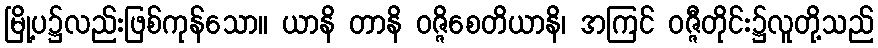
မြို့ပ၌လည်းဖြစ်ကုန်သော။ ယာနိ တာနိ ဝဇ္ဇိစေတိယာနိ၊ အကြင် ဝဇ္ဇီတိုင်း၌လူတို့သည်